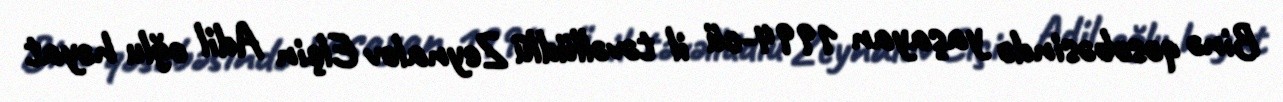
Binə qəsəbəsində yaşayan 1994-cü il təvəllüdlü Zeynalov Elçin Adil oğlu həyat